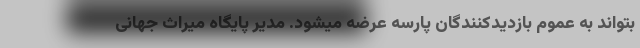
بتواند به عموم بازدیدکنندگان پارسه عرضه میشود. مدیر پایگاه میراث جهانی